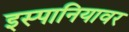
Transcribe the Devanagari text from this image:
इस्पानियावर